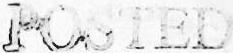
POSTED